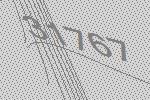
31767